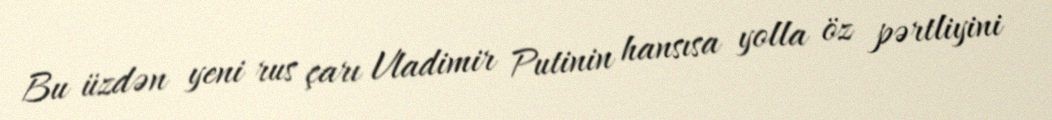
Bu üzdən yeni rus çarı Vladimir Putinin hansısa yolla öz pərtliyini